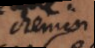
chemin